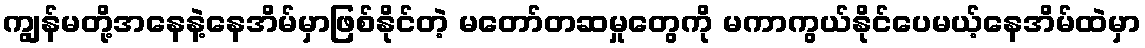
ကျွန်မတို့အနေနဲ့နေအိမ်မှာဖြစ်နိုင်တဲ့ မတော်တဆမှုတွေကို မကာကွယ်နိုင်ပေမယ့်နေအိမ်ထဲမှာ